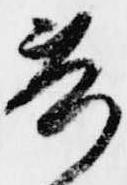
共